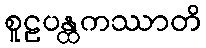
စူဠပန္ထကဿာတိ